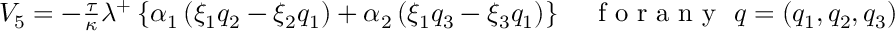
\begin{array} { r } { V _ { 5 } = - \frac { \tau } { \kappa } \lambda ^ { + } \left\lbrace \alpha _ { 1 } \left( \xi _ { 1 } q _ { 2 } - \xi _ { 2 } q _ { 1 } \right) + \alpha _ { 2 } \left( \xi _ { 1 } q _ { 3 } - \xi _ { 3 } q _ { 1 } \right) \right\rbrace \quad \mathrm { ~ f ~ o ~ r ~ a ~ n ~ y ~ } ~ q = ( q _ { 1 } , q _ { 2 } , q _ { 3 } ) \in \mathbb { R } ^ { 3 } . } \end{array}